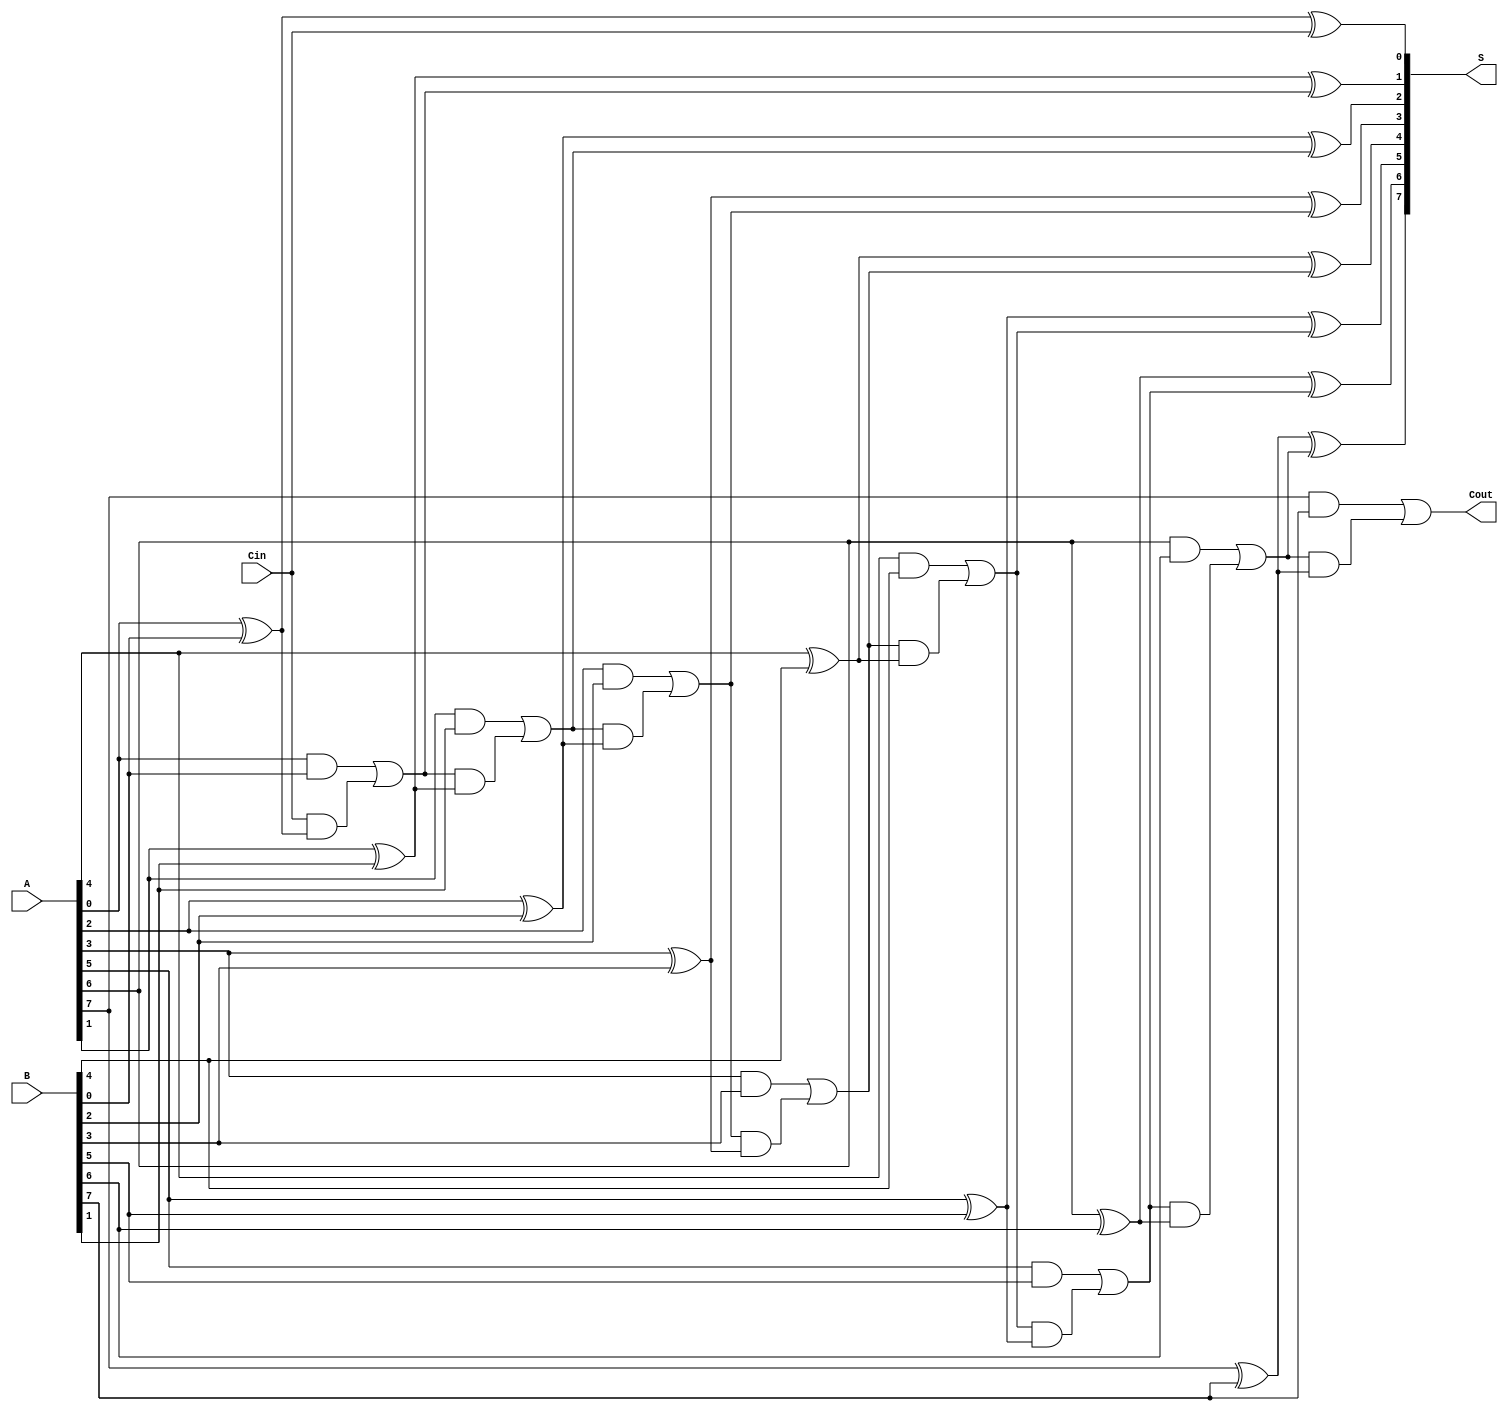
module han_carlson_adder #(
    parameter N = 8,        // number of bits
    parameter BLOCK_SIZE = 4 // size of each block
)(
    input [N-1:0] A,       // First input number
    input [N-1:0] B,       // Second input number
    input Cin,             // Carry-in
    output [N-1:0] S,      // Sum output
    output Cout            // Carry-out
);
    
    // Calculate the number of blocks
    localparam NUM_BLOCKS = N / BLOCK_SIZE;

    // Intermediate carry signals
    wire [NUM_BLOCKS:0] carry;

    // Generate initial carry-in
    assign carry[0] = Cin;

    // Full adder for each block
    genvar i, j;
    generate
        for (i = 0; i < NUM_BLOCKS; i = i + 1) begin : block
            // Block range
            wire [BLOCK_SIZE-1:0] A_block = A[i*BLOCK_SIZE +: BLOCK_SIZE];
            wire [BLOCK_SIZE-1:0] B_block = B[i*BLOCK_SIZE +: BLOCK_SIZE];
            wire [BLOCK_SIZE-1:0] S_block;
            wire [BLOCK_SIZE-1:0] C_out_block;

            // Full adders in the block
            for (j = 0; j < BLOCK_SIZE; j = j + 1) begin : full_adder
                if (j == 0) begin
                    // First FA in the block
                    assign S_block[j] = A_block[j] ^ B_block[j] ^ carry[i];
                    assign C_out_block[j] = (A_block[j] & B_block[j]) | (carry[i] & (A_block[j] ^ B_block[j]));
                end else begin
                    // Subsequent FAs in the block
                    assign S_block[j] = A_block[j] ^ B_block[j] ^ C_out_block[j-1];
                    assign C_out_block[j] = (A_block[j] & B_block[j]) | (C_out_block[j-1] & (A_block[j] ^ B_block[j]));
                end
            end
            
            // Assign carry out of the block to the next carry in
            assign carry[i+1] = C_out_block[BLOCK_SIZE-1];
            // Assign the sum of the block to the output
            assign S[i*BLOCK_SIZE +: BLOCK_SIZE] = S_block;
        end
    endgenerate

    // Final carry out is the carry out from the last block
    assign Cout = carry[NUM_BLOCKS];

endmodule